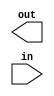
module minesweeper(out, in);
	output out;
	input in;

	
	
endmodule